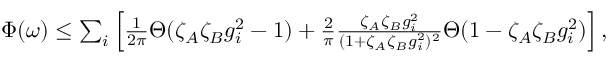
\begin{array} { r } { \Phi ( \omega ) \leq \sum _ { i } \left[ \frac { 1 } { 2 \pi } \Theta ( \zeta _ { A } \zeta _ { B } g _ { i } ^ { 2 } - 1 ) + \frac { 2 } { \pi } \frac { \zeta _ { A } \zeta _ { B } g _ { i } ^ { 2 } } { ( 1 + \zeta _ { A } \zeta _ { B } g _ { i } ^ { 2 } ) ^ { 2 } } \Theta ( 1 - \zeta _ { A } \zeta _ { B } g _ { i } ^ { 2 } ) \right] , } \end{array}